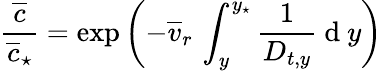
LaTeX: \frac{\overline{{c}}}{\overline{{c}}_{\star}}=\exp\left(-\overline{{v}}_{r}\, \int_{y}^{y_{\star}}\frac{1}{D_{t,y}}\mathrm{~d~}y\right)